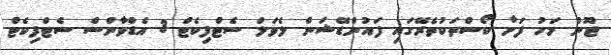
ޖޫން މަހު ފަަށާ ކޯސްތަކުތެރޭގައި ފައުންޑޭޝަން ލެވަލް ސެޓްފިކެޓް 3 އެޑްވާންސް ސެޓްފިކެޓް